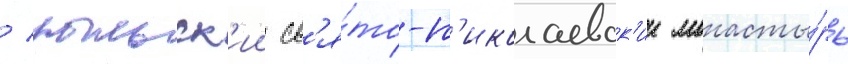
/ рыльск'ии св'я́то-н'иколаевск'ии монасты́рь